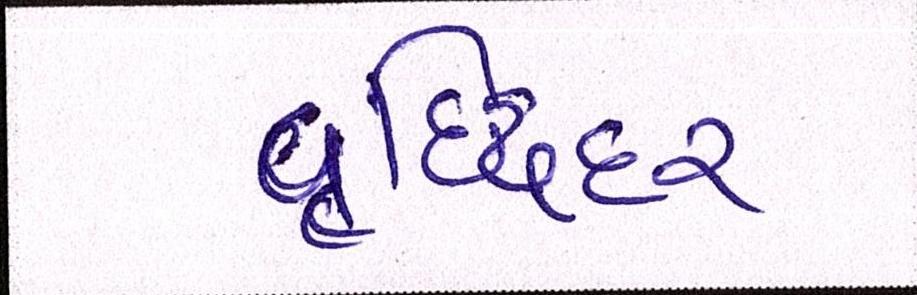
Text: વૃદ્ધિદર